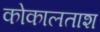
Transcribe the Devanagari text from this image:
कोकालताश